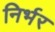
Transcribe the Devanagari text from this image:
निर्भर